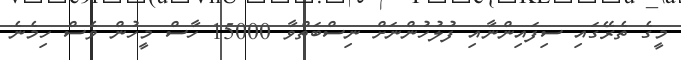
މީގެ ތެރޭގައި ސިފައިންނާއި ފުލުހުންނަށް ނިސްބަތްވާ 15000 ހާސް މީހުން ވެސް ހިމެނެ